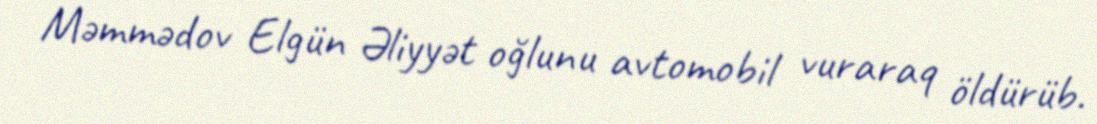
Məmmədov Elgün Əliyyət oğlunu avtomobil vuraraq öldürüb.